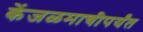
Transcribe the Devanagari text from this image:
केंजळमाचीपर्यंत